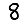
Digit: 8